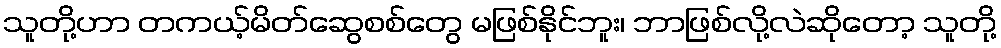
သူတို့ဟာ တကယ့်မိတ်ဆွေစစ်တွေ မဖြစ်နိုင်ဘူး၊ ဘာဖြစ်လို့လဲဆိုတော့ သူတို့